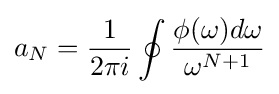
a_{N}={\frac {1}{2\pi i}}\oint {\frac {\phi (\omega )d\omega }{\omega ^{N+1}}}